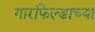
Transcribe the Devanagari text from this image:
गारफिल्डाच्या